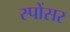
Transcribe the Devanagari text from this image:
स्पोंसर